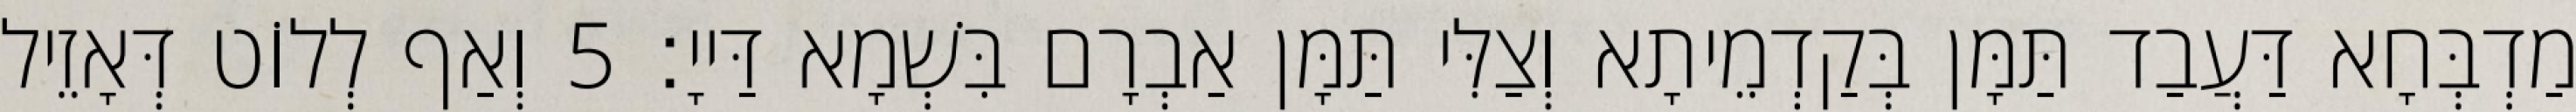
מַדְבְּחָא דַּעֲבַד תַּמָּן בְּקַדְמֵיתָא וְצַלִּי תַּמָּן אַבְרָם בִּשְׁמָא דַּייָ׃ 5 וְאַף לְלוֹט דְּאָזֵיל